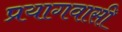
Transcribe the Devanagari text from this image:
प्रयागवासी